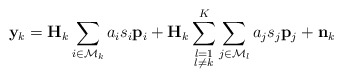
\begin{align*} \mathbf{y}_k=\mathbf{H}_k\sum_{i\in \mathcal{M}_k}a_i s_i\mathbf{p}_i+\mathbf{H}_k\sum\limits_{\substack{l=1\\l \neq k}}^{K}\sum\limits_{j\in \mathcal{M}_l}a_j s_j\mathbf{p}_j+\mathbf{n}_k\end{align*}